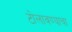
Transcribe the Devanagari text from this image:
टोलावण्याचा